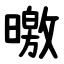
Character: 曒